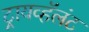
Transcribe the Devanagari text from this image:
ट्रायव्हॅलंट